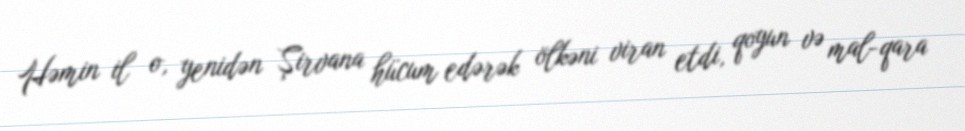
Həmin il o, yenidən Şirvana hücum edərək ölkəni viran etdi, qoyun və mal-qara